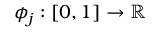
\phi _ { j } : [ 0 , 1 ] \rightarrow \mathbb { R }